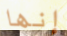
إنها